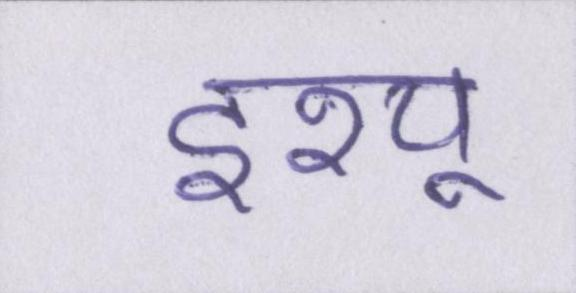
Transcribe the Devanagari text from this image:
इश्यू